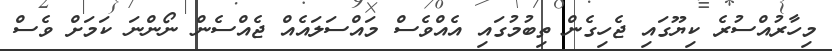
މިހާރުއްސުރެ ކިޔޫގައި ޖެހިގެން ތިބުމުގައި އެއްވެސް މައްސަލައެއް ޖެއްސެން ނޯންނަ ކަމަށް ވެސް